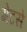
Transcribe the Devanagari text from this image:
गेटसे